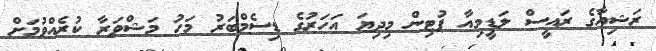
ރަޝިއާގެ ރައީސް ލަޑީމިއާ ޕުޓިން މިދިޔަ އަހަރުގެ ޑިސެމްބަރު މަހު މަޝްވަރާ ކުރެއްވުމަށް